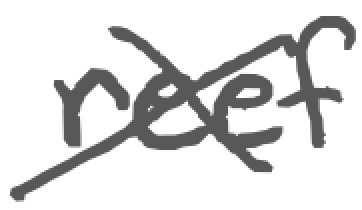
Text: reef
Cross-out: cross
Writing tool: digital_gray